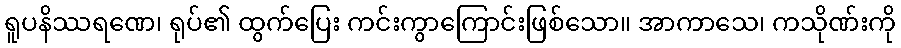
ရူပနိဿရဏေ၊ ရုပ်၏ ထွက်ပြေး ကင်းကွာကြောင်းဖြစ်သော။ အာကာသေ၊ ကသိုဏ်းကို